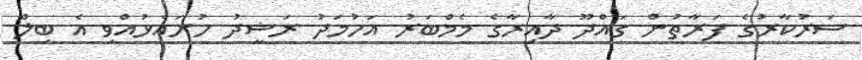
ސަރުކާރުގެ ފަރާތުން ގައްދޫ ދާއިރާގެ މެމްބަރު އަހުމަދު ރަޝީދު ހުށައެޅުއްވި އެ ބިލް